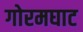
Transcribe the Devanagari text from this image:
गोरमघाट